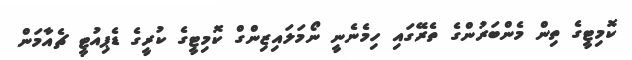
ކޮމިޓީގެ ތިން މެންބަރުންގެ ތެރޭގައި ހިމެނެނީ ނޯމަލައިޒިންގް ކޮމިޓީގެ ކުރީގެ ޑެޕިއުުޓީ ޗެއާމަން